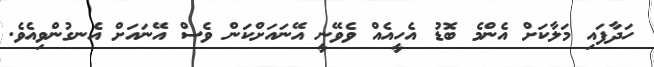
ހަދާފައި މަލާކަށް އެންމެ ބޮޑު އެހީއެއް ވެވޭނީ އޭނައަށްކަން ވެސް އޭނައަށް އެނގުންވިއެވެ.